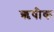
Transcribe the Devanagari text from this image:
ऋषीक